Leaving Certificate Examination, 1920
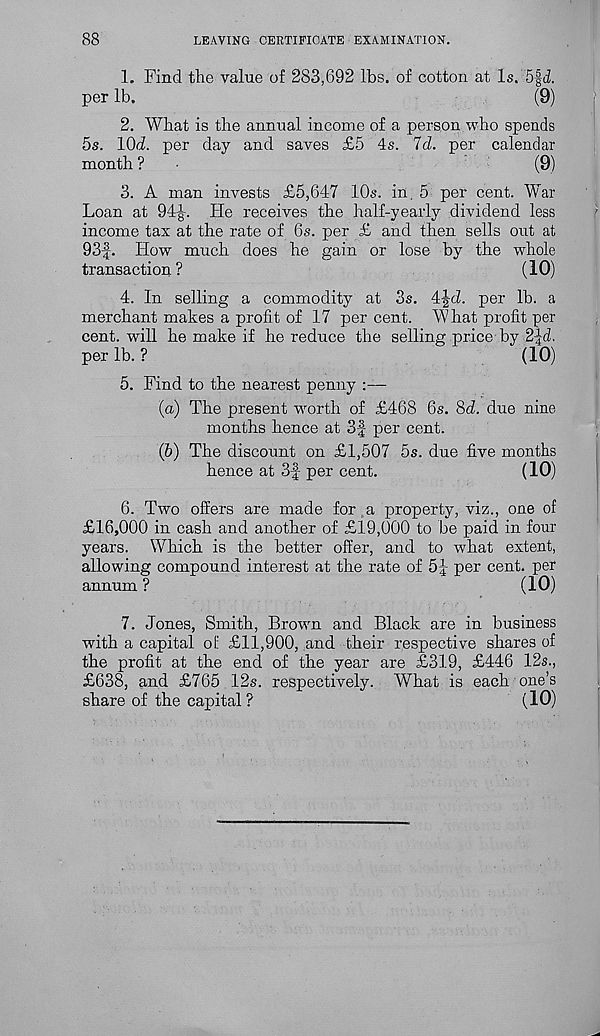
88
LEAVING CERTIFICATE EXAMINATION.
1. Find the value of 283,692 lbs. of cotton at Is. 5f<i.
per lb.
(9)
2. What is the annual income of a person who spends
5s. lO^Z. per day and saves £5 4s. Id. per calendar
month ?
(9)
3. A man invests £5,647 10s. in, 5 per cent. War
Loan at 94^-. He receives the half-yearly dividend less
income tax at the rate of 6s. per £ and then sells out at
93f. How much does he gain or lose by the whole
transaction ?
(10)
4. In selling a commodity at 3s. 4f<7. per lb. a
merchant makes a profit of 17 percent. W hat profit per
cent, will he make if he reduce the selling price by 2|d.
per lb. ?
(10)
5. Find to the nearest penny :—
(а) The present worth of £468 6s. 8(7. due nine
months hence at 3f per cent.
(б) The discount on £1,507 5s. due five months
hence at 3f per cent.
(10)
6. Two offers are made for a property, viz., one of
£16,000 in cash and another of £19,000 to be paid in four
years. Which is the better offer, and to what extent,
allowing compound interest at the rate of 5-|- per cent, per
annum ?
(10)
7. Jones, Smith, Brown and Black are in business
with a capital of £11,900, and their respective shares of
the profit at the end of the year are £319, £446 12s.,
£638, and £765 12s. respectively. What is each one’s
share of the capital ?
(10)